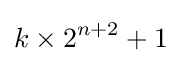
k\times 2^{n+2}+1